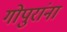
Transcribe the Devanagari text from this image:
गोपुरांना